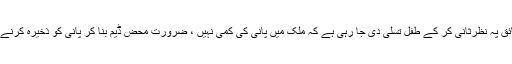
کہیں حقائق پہ نظرثانی کر کے طفل تسلی دی جا رہی ہے کہ ملک میں پانی کی کمی نہیں ، ضرورت محض ڈیم بنا کر پانی کو ذخیرہ کرنے کی ہے۔